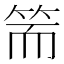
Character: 𥬵